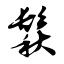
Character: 鬏